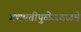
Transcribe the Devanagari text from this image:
गणपतीपुळेजवळचे